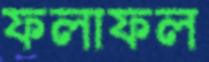
ফলাফল